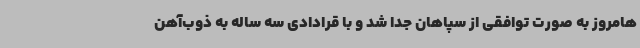
هامروز به صورت توافقی از سپاهان جدا شد و با قرادادی سه ساله به ذوب‌آهن